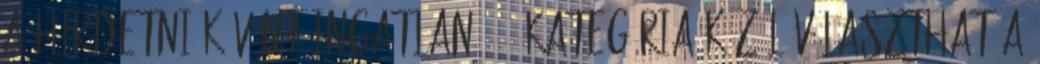
a hirdetni kívánt ingatlan, 81 kategória közül választhat a